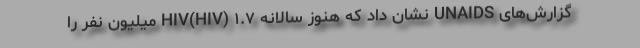
گزارش‌های UNAIDS نشان داد که هنوز سالانه HIV(HIV) ۱.۷ میلیون نفر را